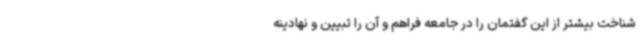
شناخت بیشتر از این گفتمان را در جامعه فراهم و آن را تبیین و نهادینه